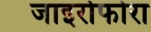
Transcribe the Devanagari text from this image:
जाइरोफोरा